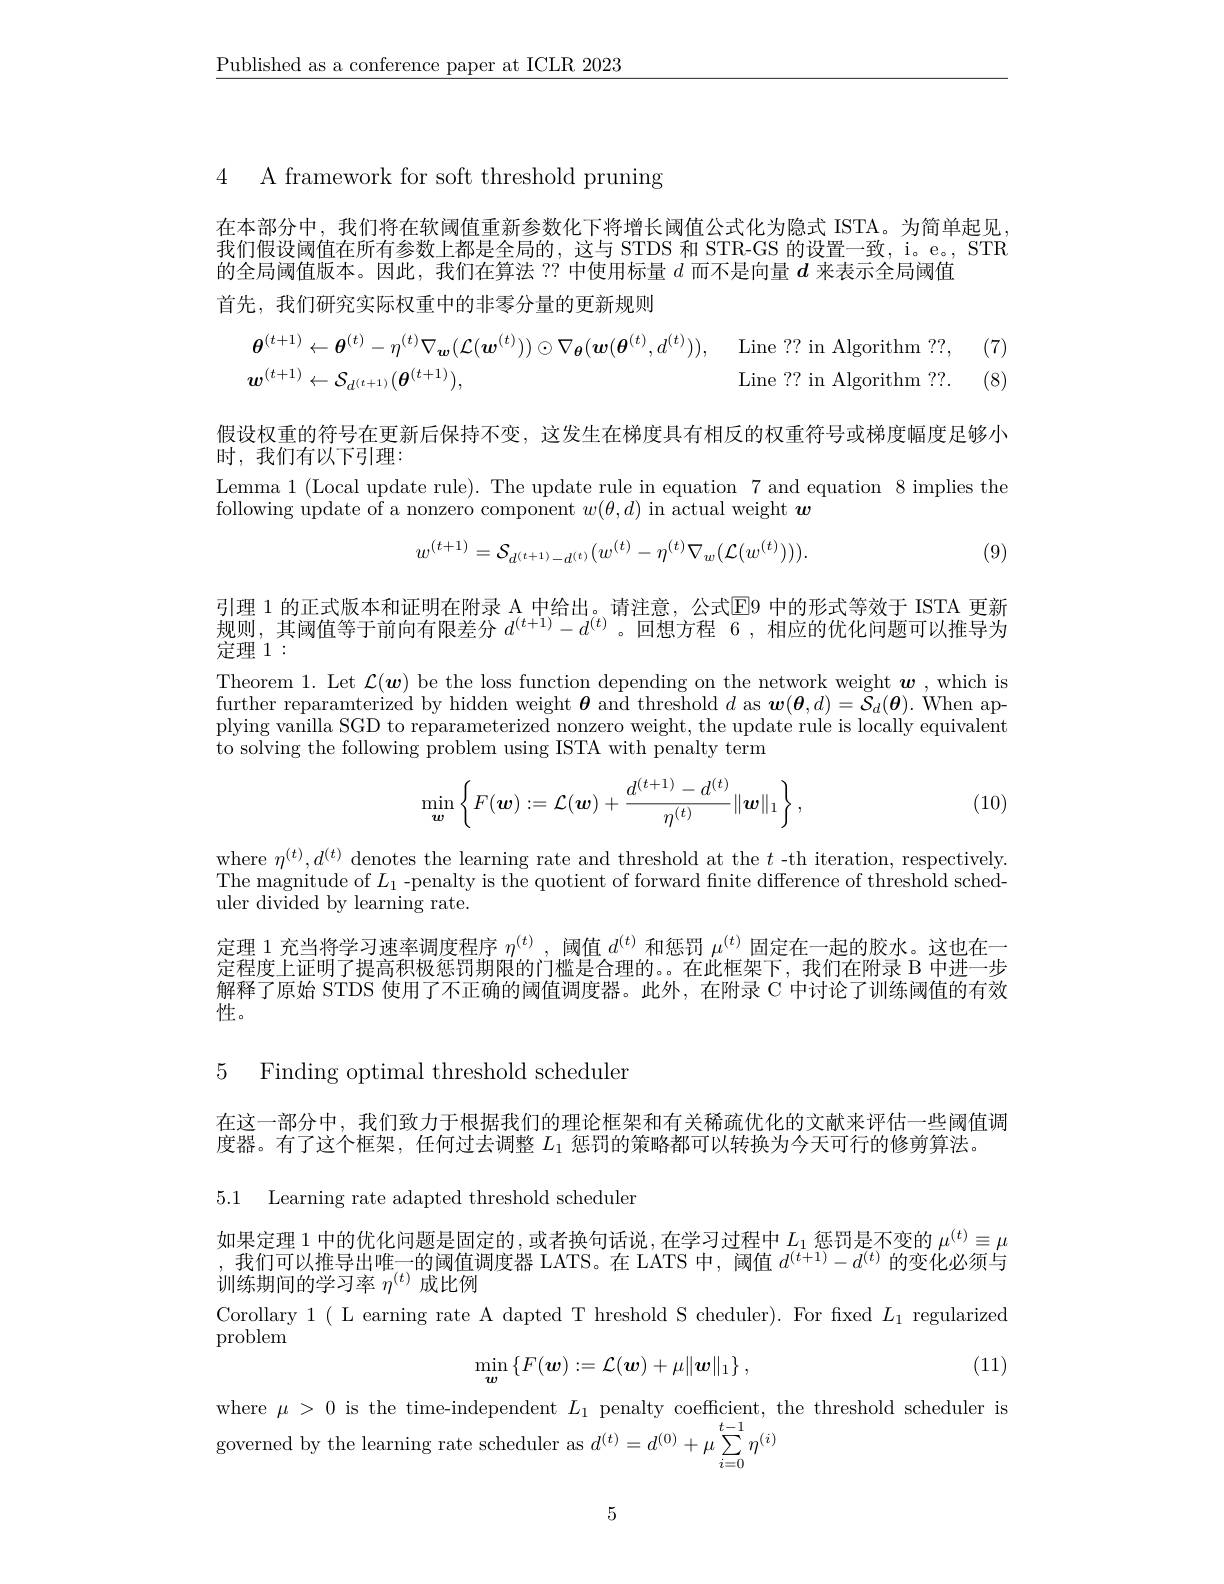
$\underline{\text{Published as a conference paper at ICLR 2023}}$

4 A framework for soft threshold pruning

在本部分中，我们将在软阈值重新参数化下将增长阈值公式化为隐式 ISTA。为简单起见， 我们假设阈值在所有参数上都是全局的，这与 STDS 和 STR-GS 的设置一致，i。e。, STR 的全局阈值版本。因此，我们在算法 ?? 中使用标量$d$而不是向量$d$来表示全局阈值
首先，我们研究实际权重中的非零分量的更新规则

, (7)
$$\boldsymbol{\theta}^{(t+1)}\leftarrow\boldsymbol{\theta}^{(t)}-\eta^{(t)}\nabla_{\boldsymbol{w}}(\mathcal{L}(\boldsymbol{w}^{(t)}))\odot\nabla_{\boldsymbol{\theta}}(\boldsymbol{w}(\boldsymbol{\theta}^{(t)},d^{(t)})),\quad\mathrm{Line~??~in~Algorithm~??,}\\\boldsymbol{w}^{(t+1)}\leftarrow\mathcal{S}_{d^{(t+1)}}(\boldsymbol{\theta}^{(t+1)}),\quad\mathrm{Line~??~in~Algorithm~??.}$$
(8)

假设权重的符号在更新后保持不变，这发生在梯度具有相反的权重符号或梯度幅度足够小
时，我们有以下引理：
Lemma 1 (Local update rule). The update rule in equation 7 and equation 8 implies the
following update of a nonzero component $w(\theta,d)$ in actual weight $\boldsymbol w$
$$w^{(t+1)}=\mathcal{S}_{d^{(t+1)}-d^{(t)}}(w^{(t)}-\eta^{(t)}\nabla_{w}(\mathcal{L}(w^{(t)}))).$$
(9)

规则，其阈值等于前向有限差分 $d^{(t+1)}-d^{(t)}$。回想方程 6,相应的优化问题可以推导为
定理 1 :

引理 1 的正式版本和证明在附录 A 中给出。请注意，公式F9 中的形式等效干 ISTA 更新Theorem 1. Let $\mathcal{L}(\boldsymbol w)$ be the loss function depending on the network weight $\boldsymbol w$,which is $\begin{array}{cc}\text{further reparamterized by hidden weight }\boldsymbol{\theta}&\mathrm{and~threshold~}d&\mathrm{as~}\boldsymbol{w}(\boldsymbol{\theta},d)=\bar{\mathcal{S}}_{d}(\boldsymbol{\theta}).&\mathrm{When~ap-}\\\end{array}$ plying vanilla SGD to reparameterized nonzero weight, the update rule is locally equivalent to solving the following problem using ISTA with penalty term

(10)
$$\min\limits_{\boldsymbol{w}}\left\{F(\boldsymbol{w}):=\mathcal{L}(\boldsymbol{w})+\frac{d^{(t+1)}-d^{(t)}}{\eta^{(t)}}\|\boldsymbol{w}\|_1\right\},$$
where $\eta^(t),d^{(t)}$ denotes the learning rate and threshold at the $t$ -th iteration, respectively The magnitude of $L_1$ -penalty is the quotient of forward finite difference of threshold scheduler divided by learning rate.

定理 1 充当将学习速率调度程序$\eta^{(t)}$ ,阈值$d^{(t)}$和惩罚$\mu^{(t)}$固定在一起的胶水。这也在一定程度上证明了提高积极惩罚期限的门槛是合理的。在此框架下，我们在附录 B 中进一步解释了原始 STDS 使用了不正确的阈值调度器。此外，在附录 C 中讨论了训练阈值的有效性。

# 5 Finding optimal threshold scheduler

在这一部分中，我们致力于根据我们的理论框架和有关稀疏优化的文献来评估一些阈值调
度器。有了这个框架，任何过去调整$L_1$惩罚的策略都可以转换为今天可行的修剪算法。

5.1 Learning rate adapted threshold scheduler

如果定理 1 中的优化问题是固定的，或者换句话说，在学习过程中$L_1$惩罚是不变的$\mu^{(t)}\equiv\mu$ ,我们可以推导出唯一的阈值调度器 LATS。在 LATS 中，阈值$d^(t+1)-d^{(t)}$的变化必须与训练期间的学习率$\eta^(t)$成比例
Corollary 1( L earning rate A dapted T hreshold S cheduler). For fixed $L_1$ regularized
problem
$$\min_{\boldsymbol{w}}\left\{F(\boldsymbol{w}):=\mathcal{L}(\boldsymbol{w})+\mu\|\boldsymbol{w}\|_1\right\},$$
(11)

where $\mu>0$ is the time-independent $L_1$ penalty coefficient, the threshold scheduler is
governed by the learning rate scheduler as $d^{(t)}=d^{(0)}+\mu\sum_i=0^{t-1}\eta^{(i)}$

5